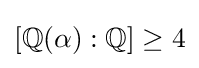
[\mathbb {Q} (\alpha ):\mathbb {Q} ]\geq 4